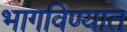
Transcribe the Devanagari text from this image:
भागविण्यात